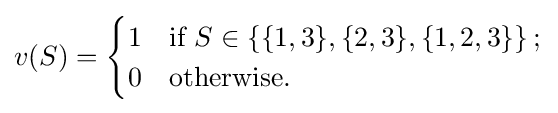
v(S)={\begin{cases}1&{\text{if }}S\in \left\{\{1,3\},\{2,3\},\{1,2,3\}\right\};\\0&{\text{otherwise}}.\\\end{cases}}